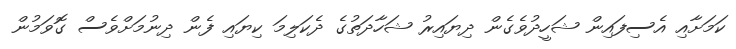
ކަމަށާއި އެސިފައިން ޝަހީދުވެގެން ދިޔައިރު ޝަހާދަތުގެ ދެކަލިމަ ކިޔައި ފެން ދިނުމަށްވެސް ގޮވަމުން